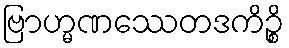
ဗြာဟ္မဏဿေတဒကိဉ္စိ